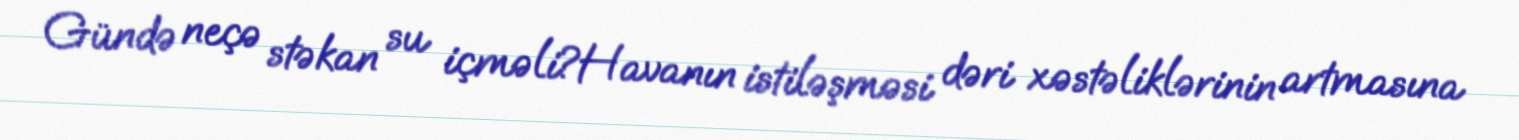
Gündə neçə stəkan su içməli?Havanın istiləşməsi dəri xəstəliklərinin artmasına